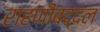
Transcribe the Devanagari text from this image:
राहणीबद्दल